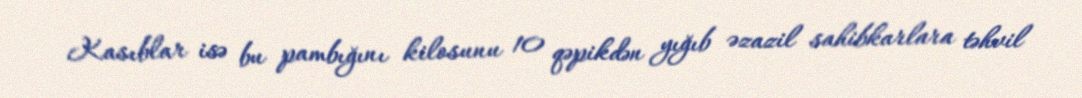
Kasıblar isə bu pambığını kilosunu 10 qəpikdən yığıb əzazil sahibkarlara təhvil